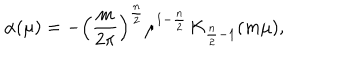
LaTeX: \alpha ( \mu ) = - \left( \frac { m } { 2 \pi } \right) ^ { \frac { n } 2 } \mu ^ { 1 - \frac { n } 2 } \, \mathrm { K } _ { \frac { n } 2 - 1 } ( m \mu ) ,